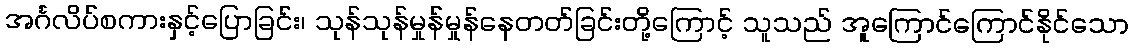
အင်္ဂလိပ်စကားနှင့်ပြောခြင်း၊ သုန်သုန်မှုန်မှုန်နေတတ်ခြင်းတို့ကြောင့် သူသည် အူကြောင်ကြောင်နိုင်သော